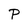
Character: P